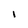
Character: I